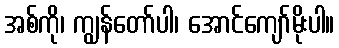
အစ်ကို၊ ကျွန်တော်ပါ၊ အောင်ကျော်မိုးပါ။